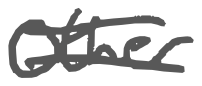
Text: Other
Cross-out: double-line
Writing tool: digital_gray